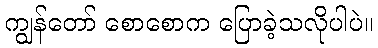
ကျွန်တော် စောစောက ပြောခဲ့သလိုပါပဲ။